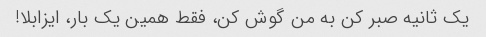
یک ثانیه صبر کن به من گوش کن، فقط همین یک بار، ایزابلا!